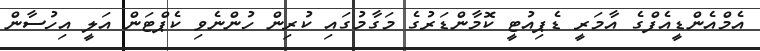
އެމްއެންޑީއެފްގެ އާމަރީ ޑެޕިއުޓީ ކޮމާންޑަރުގެ މަގާމުގައި ކުރިން ހުންނެވި ކެޕްޓަން އަލީ އިހުސާން